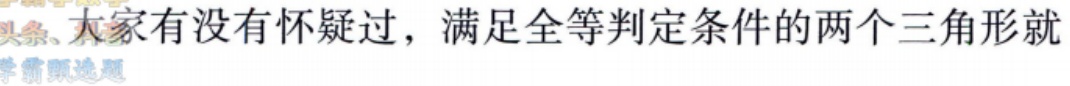
大家有没有怀疑过，满足全等判定条件的两个三角形就